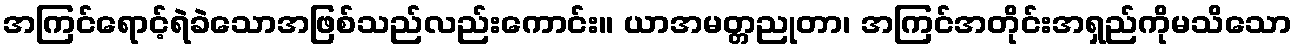
အကြင်ရောင့်ရဲခဲသောအဖြစ်သည်လည်းကောင်း။ ယာအမတ္တညုတာ၊ အကြင်အတိုင်းအရှည်ကိုမသိသော